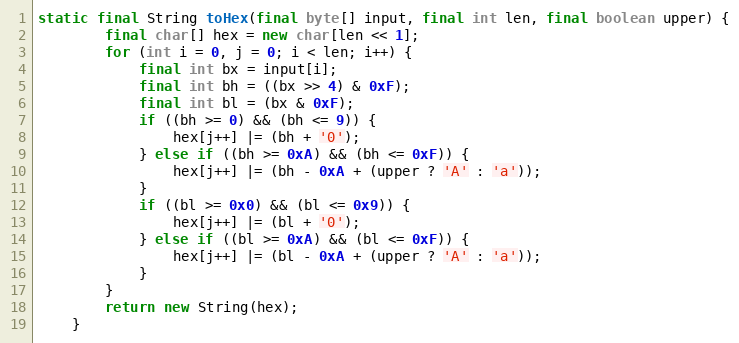
Language: Java
static final String toHex(final byte[] input, final int len, final boolean upper) {
		final char[] hex = new char[len << 1];
		for (int i = 0, j = 0; i < len; i++) {
			final int bx = input[i];
			final int bh = ((bx >> 4) & 0xF);
			final int bl = (bx & 0xF);
			if ((bh >= 0) && (bh <= 9)) {
				hex[j++] |= (bh + '0');
			} else if ((bh >= 0xA) && (bh <= 0xF)) {
				hex[j++] |= (bh - 0xA + (upper ? 'A' : 'a'));
			}
			if ((bl >= 0x0) && (bl <= 0x9)) {
				hex[j++] |= (bl + '0');
			} else if ((bl >= 0xA) && (bl <= 0xF)) {
				hex[j++] |= (bl - 0xA + (upper ? 'A' : 'a'));
			}
		}
		return new String(hex);
	}